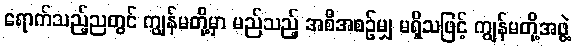
ရောက်သည့်ညတွင် ကျွန်မတို့မှာ မည်သည့် အစီအစဉ်မျှ မရှိသဖြင့် ကျွန်မတို့အဖွဲ့